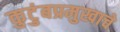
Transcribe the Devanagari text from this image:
कुटुंबप्रमुखाचे